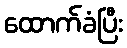
ထောက်ခံပြီး